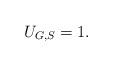
LaTeX: \begin{align*}U_{G,S}=1.\end{align*}